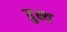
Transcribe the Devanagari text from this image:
तुक्ष्य